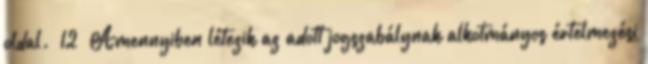
oldal. 12 Amennyiben létezik az adott jogszabálynak alkotmányos értelmezési